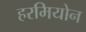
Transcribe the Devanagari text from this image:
हरमियोन